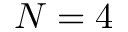
N = 4